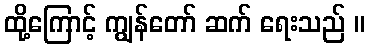
ထို့ကြောင့် ကျွန်တော် ဆက် ရေးသည် ။